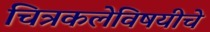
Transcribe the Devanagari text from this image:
चित्रकलेविषयीचे